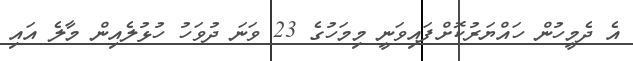
އެ ދެމީހުން ހައްޔަރުކޮށްފައިވަނީ މިމަހުގެ 23 ވަނަ ދުވަހު ހުޅުލެއިން މާލެ އައި